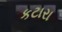
કટારા